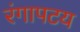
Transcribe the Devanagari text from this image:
रंगापटय